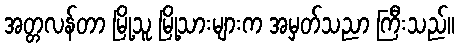
အတ္တလန်တာ မြို့သူ မြို့သားများက အမှတ်သညာ ကြီးသည်။